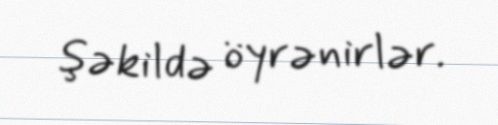
şəkildə öyrənirlər.